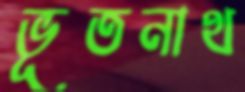
ভূতনাথ